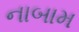
નાબામ